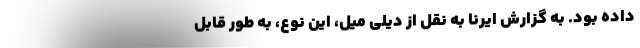
داده بود. به گزارش ایرنا به نقل از دیلی میل، این نوع، به طور قابل